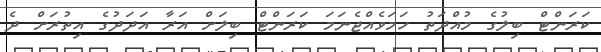
ކަރަންޓް ބިލުގެ މުއްދަތު ހަމަވެއްޖެނަމަ ކަރަންޓް ބިލަށް އަރާ އަދަދުގެ އިތުރަށް ދެ